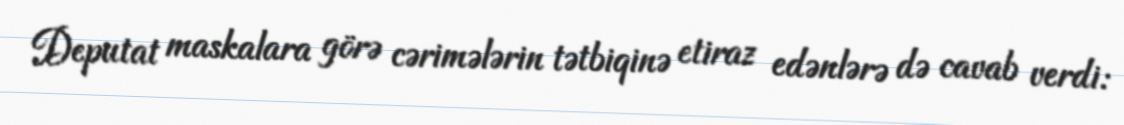
Deputat maskalara görə cərimələrin tətbiqinə etiraz edənlərə də cavab verdi: